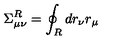
\Sigma _ { \mu \nu } ^ { R } = \oint _ { R } d r _ { \nu } r _ { \mu }